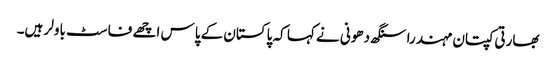
بھارتی کپتان مہندرا سنگھ دھونی نے کہا کہ پاکستان کے پاس اچھے فاسٹ باولر ہیں۔